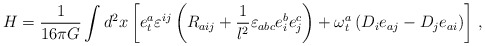
\begin{align*} H = {1\over 16\pi G} \int d^2x \left[e^a_t\varepsilon^{ij}\left(R_{aij} + {1\over l^2}\varepsilon_{abc} e^b_i e^c_j\right) + \omega^a_t\left(D_i e_{aj} -D_je_{ai}\right) \right]\, ,\end{align*}